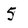
Character: 5